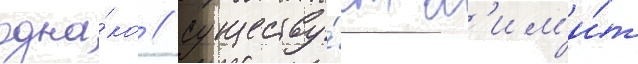
одна́ко / существу́ет л'им'и́т